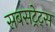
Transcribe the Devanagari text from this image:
सबसट्रेट्स